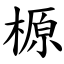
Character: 榞